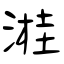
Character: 溎